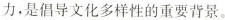
力，是倡导文化多样性的重要背景。